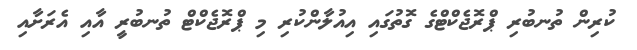
ކުރިން ތުނބުރި ޕްރޮޖެކްޓްގެ ގޮތުގައި އިއުލާންކުރި މި ޕްރޮޖެކްޓް ތުނބުރީ އާއި އެރަށާއި